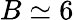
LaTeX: B\simeq 6